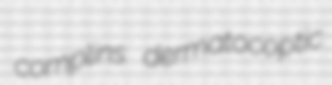
complins dermatocoptic